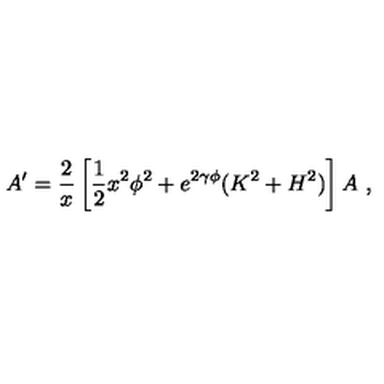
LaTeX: A ^ { \prime } = \frac { 2 } { x } \left[ \frac { 1 } { 2 } x ^ { 2 } \phi ^ { 2 } + e ^ { 2 \gamma \phi } ( K ^ { 2 } + H ^ { 2 } ) \right] A \ ,